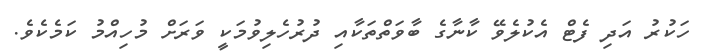
ހަކުރު އަދި ފެޓް އެކުލެވޭ ކާނާގެ ބާވަތްތަކާއި ދުރުހެލިވުމަކީ ވަރަށް މުހިއްމު ކަމެކެވެ.